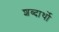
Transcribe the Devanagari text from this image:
शब्दार्थो